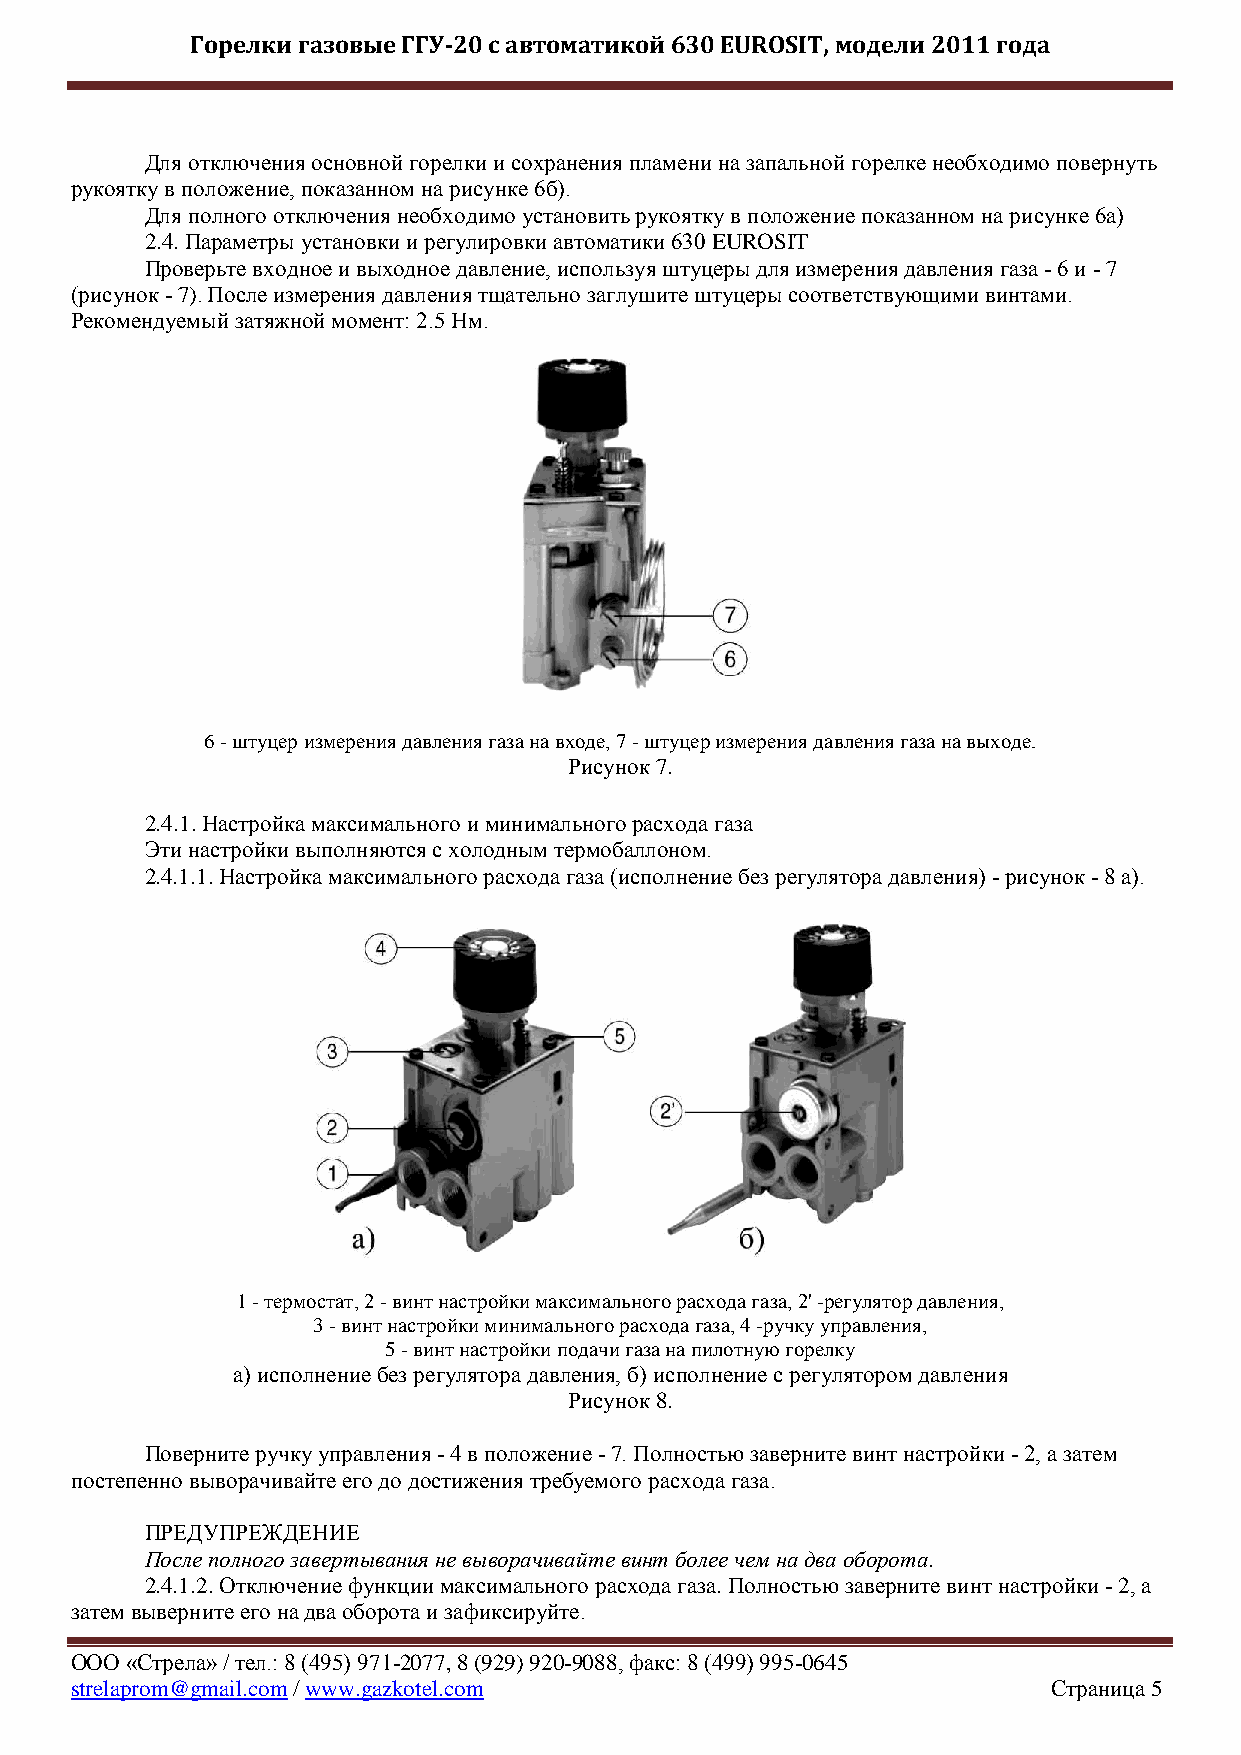
Горелки газовые ГГУ-20 с автоматикой 630 EUROSIT, модели 2011 года
 Для отключения основной горелки и сохранения пламени на запальной горелке необходимо повернуть
 рукоятку в положение, показанном на рисунке 6б).
 Для полного отключения необходимо установить рукоятку в положение показанном на рисунке 6а)
 2.4. Параметры установки и регулировки автоматики 630 EUROSIT
 Проверьте входное и выходное давление, используя штуцеры для измерения давления газа - 6 и - 7
 (рисунок - 7). После измерения давления тщательно заглушите штуцеры соответствующими винтами.
 Рекомендуемый затяжной момент: 2.5 Нм.
 6 - штуцер измерения давления газа на входе, 7 - штуцер измерения давления газа на выходе.
 Рисунок 7.
 2.4.1. Настройка максимального и минимального расхода газа
 Эти настройки выполняются с холодным термобаллоном.
 2.4.1.1. Настройка максимального расхода газа (исполнение без регулятора давления) - рисунок - 8 а).
 1 - термостат, 2 - винт настройки максимального расхода газа, 2' -регулятор давления,
 3 - винт настройки минимального расхода газа, 4 -ручку управления,
 5 - винт настройки подачи газа на пилотную горелку
 а) исполнение без регулятора давления, б) исполнение с регулятором давления
 Рисунок 8.
 Поверните ручку управления - 4 в положение - 7. Полностью заверните винт настройки - 2, а затем
 постепенно выворачивайте его до достижения требуемого расхода газа.
 ПРЕДУПРЕЖДЕНИЕ
 После полного завертывания не выворачивайте винт более чем на два оборота.
 2.4.1.2. Отключение функции максимального расхода газа. Полностью заверните винт настройки - 2, а
 затем выверните его на два оборота и зафиксируйте.
 ООО «Стрела» / тел.: 8 (495) 971-2077, 8 (929) 920-9088, факс: 8 (499) 995-0645
 strelaprom@gmail.com / www.gazkotel.com                          Страница 5